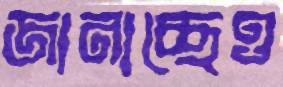
জানাচ্ছেও